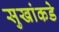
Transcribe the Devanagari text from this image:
सुखांकडे